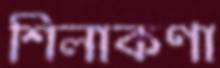
শিলাকণা